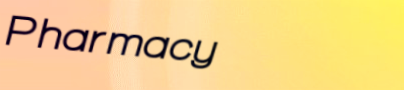
Pharmacy